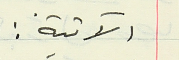
الآتية :